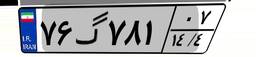
۹۱گ۶۲۴۷۰